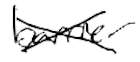
Text: barrier
Cross-out: cross
Writing tool: digital_black